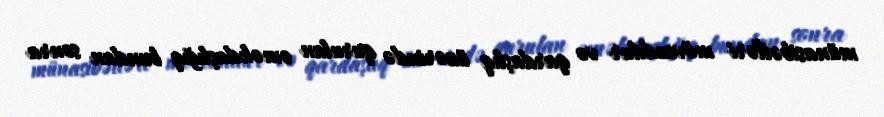
münasibətləri mövcuddur və qardaşlıq üzərində qurulan əməkdaşlığıq bundan sonra